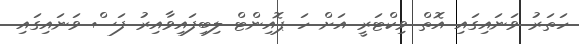
ހަތަރު ވަނައިގައި އޮތް ވިކްޓަރީ އަށް ހަ ޕޮއިންޓް ލިބިފައިވާއިރު ފަސް ވަނައިގައި